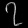
Digit: ၇